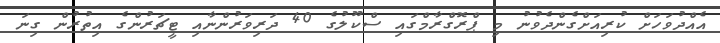
އެއްދުވަހަށް ކުރިއަށްގެންދެވުުނު މި ޕްރޮގްރާމްގައި ސްކޫލުގެ 40 ދަރިވަރުންނާއި ޓީޗަރުންގެ އިތުރުން ގިނަ